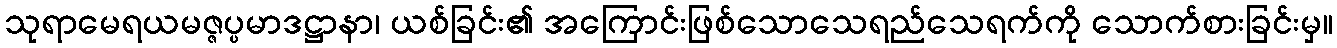
သုရာမေရယမဇ္ဇပ္ပမာဒဋ္ဌာနာ၊ ယစ်ခြင်း၏ အကြောင်းဖြစ်သောသေရည်သေရက်ကို သောက်စားခြင်းမှ။